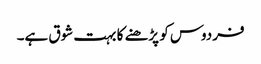
فردوس کو پڑھنے کا بہت شوق ہے۔